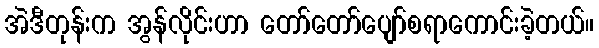
အဲဒီတုန်းက အွန်လိုင်းဟာ တော်တော်ပျော်စရာကောင်းခဲ့တယ်။